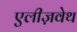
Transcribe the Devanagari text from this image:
एलीज़वेथ